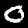
Digit: 0